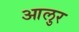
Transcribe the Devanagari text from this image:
आलुर